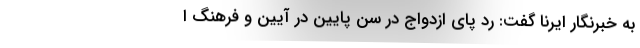
به خبرنگار ایرنا گفت: رد پای ازدواج در سن پایین در آیین و فرهنگ ا